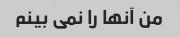
من آنها را نمی بینم